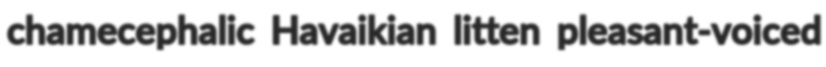
chamecephalic Havaikian litten pleasant-voiced